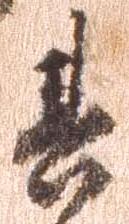
其